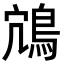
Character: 鴧